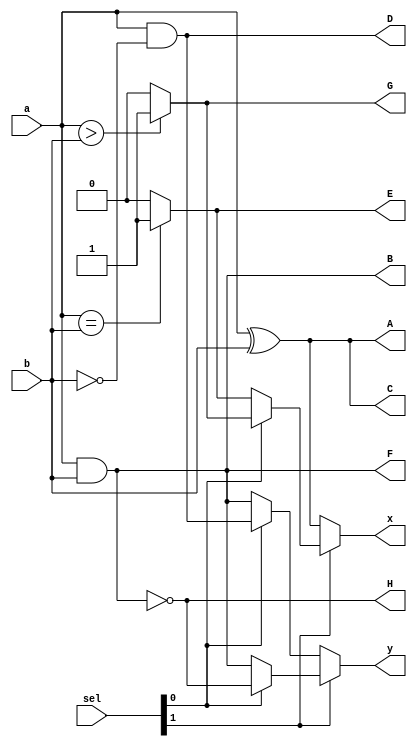
module ALU(x,y,sel,a,b,A,B,C,D,E,F,G,H);
    input [1:0]sel;
    input a,b;
    output x,y,E,G,A,B,C,D,F,H;
    reg E,G;
    assign A =a^b;
    assign B =a&b;
    assign C =a^b;
    assign D =a&(~b);
    always @(a,b)
    begin
        if(a==b)
        E<=1'b1;
        else
        E<=1'b0;
    end
    always @(a,b)
    begin
        if(a>b)
        G<=1'b1;
        else
        G<=1'b0;
    end
    assign F=a&b;
    assign H=~(a&b);
    assign x =sel[1]?(sel[0]?G:E):(sel[0]?C:A);
    assign y =sel[1]?(sel[0]?H:F):(sel[0]?D:B);
endmodule